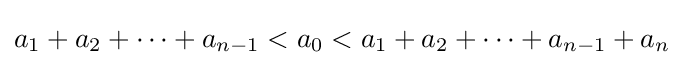
a_{1}+a_{2}+\cdots +a_{n-1}<a_{0}<a_{1}+a_{2}+\cdots +a_{n-1}+a_{n}